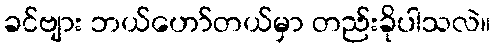
ခင်ဗျား ဘယ်ဟော်တယ်မှာ တည်းခိုပါသလဲ။